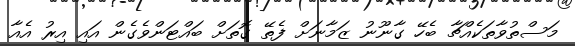
މަސްތުވާތަކެއްޗާ ބެހޭ ގާނޫނު ޒަމާނަށް ފެތޭ ގޮތަށް ބައްޓަންވެގެން އައި އިރު އެއާ